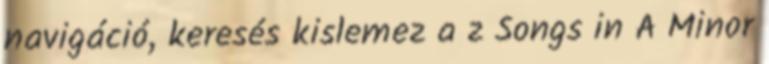
navigáció, keresés kislemez a z Songs in A Minor